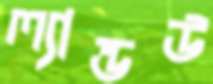
ল্যান্ডউ